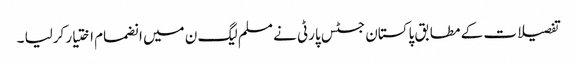
تفصیلات کے مطابق پاکستان جسٹس پارٹی نے مسلم لیگ ن میں انضمام اختیار کرلیا ۔